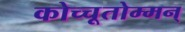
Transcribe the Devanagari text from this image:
कोच्चूतोम्मन्